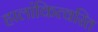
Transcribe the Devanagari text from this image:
हालांकित्वरित